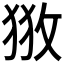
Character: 𢼥